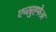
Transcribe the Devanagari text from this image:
एव्स्रुह्फेअ